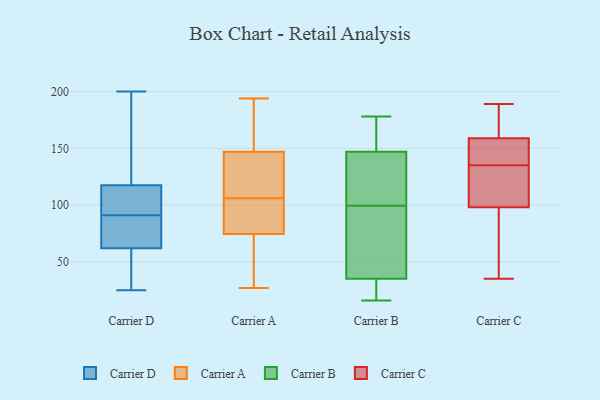
{"axis": {"x": "LTV (USD)", "y": "Value"}, "legend": ["Carrier A", "Carrier B", "Carrier C", "Carrier D"], "data": [{"x": "", "y": 91, "type": "Carrier D"}, {"x": "", "y": 46, "type": "Carrier D"}, {"x": "", "y": 97, "type": "Carrier D"}, {"x": "", "y": 25, "type": "Carrier D"}, {"x": "", "y": 82, "type": "Carrier D"}, {"x": "", "y": 148, "type": "Carrier D"}, {"x": "", "y": 59, "type": "Carrier D"}, {"x": "", "y": 98, "type": "Carrier D"}, {"x": "", "y": 124, "type": "Carrier D"}, {"x": "", "y": 71, "type": "Carrier D"}, {"x": "", "y": 200, "type": "Carrier D"}, {"x": "", "y": 181, "type": "Carrier A"}, {"x": "", "y": 165, "type": "Carrier A"}, {"x": "", "y": 27, "type": "Carrier A"}, {"x": "", "y": 84, "type": "Carrier A"}, {"x": "", "y": 115, "type": "Carrier A"}, {"x": "", "y": 28, "type": "Carrier A"}, {"x": "", "y": 90, "type": "Carrier A"}, {"x": "", "y": 81, "type": "Carrier A"}, {"x": "", "y": 109, "type": "Carrier A"}, {"x": "", "y": 55, "type": "Carrier A"}, {"x": "", "y": 194, "type": "Carrier A"}, {"x": "", "y": 81, "type": "Carrier A"}, {"x": "", "y": 127, "type": "Carrier A"}, {"x": "", "y": 36, "type": "Carrier A"}, {"x": "", "y": 176, "type": "Carrier A"}, {"x": "", "y": 141, "type": "Carrier A"}, {"x": "", "y": 106, "type": "Carrier A"}, {"x": "", "y": 18, "type": "Carrier B"}, {"x": "", "y": 35, "type": "Carrier B"}, {"x": "", "y": 23, "type": "Carrier B"}, {"x": "", "y": 152, "type": "Carrier B"}, {"x": "", "y": 178, "type": "Carrier B"}, {"x": "", "y": 16, "type": "Carrier B"}, {"x": "", "y": 131, "type": "Carrier B"}, {"x": "", "y": 89, "type": "Carrier B"}, {"x": "", "y": 147, "type": "Carrier B"}, {"x": "", "y": 21, "type": "Carrier B"}, {"x": "", "y": 107, "type": "Carrier B"}, {"x": "", "y": 178, "type": "Carrier B"}, {"x": "", "y": 156, "type": "Carrier B"}, {"x": "", "y": 89, "type": "Carrier B"}, {"x": "", "y": 144, "type": "Carrier B"}, {"x": "", "y": 119, "type": "Carrier B"}, {"x": "", "y": 92, "type": "Carrier B"}, {"x": "", "y": 38, "type": "Carrier B"}, {"x": "", "y": 179, "type": "Carrier C"}, {"x": "", "y": 35, "type": "Carrier C"}, {"x": "", "y": 135, "type": "Carrier C"}, {"x": "", "y": 128, "type": "Carrier C"}, {"x": "", "y": 118, "type": "Carrier C"}, {"x": "", "y": 135, "type": "Carrier C"}, {"x": "", "y": 70, "type": "Carrier C"}, {"x": "", "y": 159, "type": "Carrier C"}, {"x": "", "y": 80, "type": "Carrier C"}, {"x": "", "y": 186, "type": "Carrier C"}, {"x": "", "y": 189, "type": "Carrier C"}, {"x": "", "y": 182, "type": "Carrier C"}, {"x": "", "y": 143, "type": "Carrier C"}, {"x": "", "y": 65, "type": "Carrier C"}, {"x": "", "y": 135, "type": "Carrier C"}, {"x": "", "y": 98, "type": "Carrier C"}, {"x": "", "y": 112, "type": "Carrier C"}, {"x": "", "y": 145, "type": "Carrier C"}]}